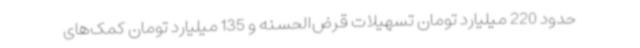
حدود 220 میلیارد تومان تسهیلات قرض‌الحسنه و 135 میلیارد تومان کمک‌های